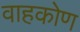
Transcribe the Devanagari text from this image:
वाहकोण